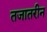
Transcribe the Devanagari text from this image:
तजातरीन